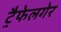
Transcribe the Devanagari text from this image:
ट्रैफेलगेर